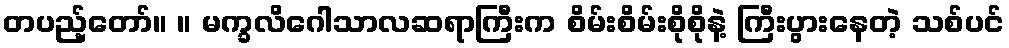
တပည့်တော်။ ။ မက္ခလိဂေါသာလဆရာကြီးက စိမ်းစိမ်းစိုစိုနဲ့ ကြီးပွားနေတဲ့ သစ်ပင်